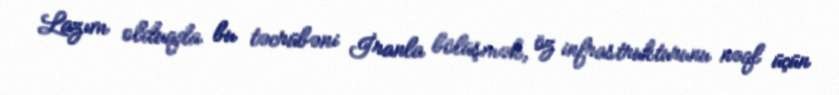
Lazım olduqda bu təcrübəni İranla bölüşmək, öz infrastrukturunu nəql üçün